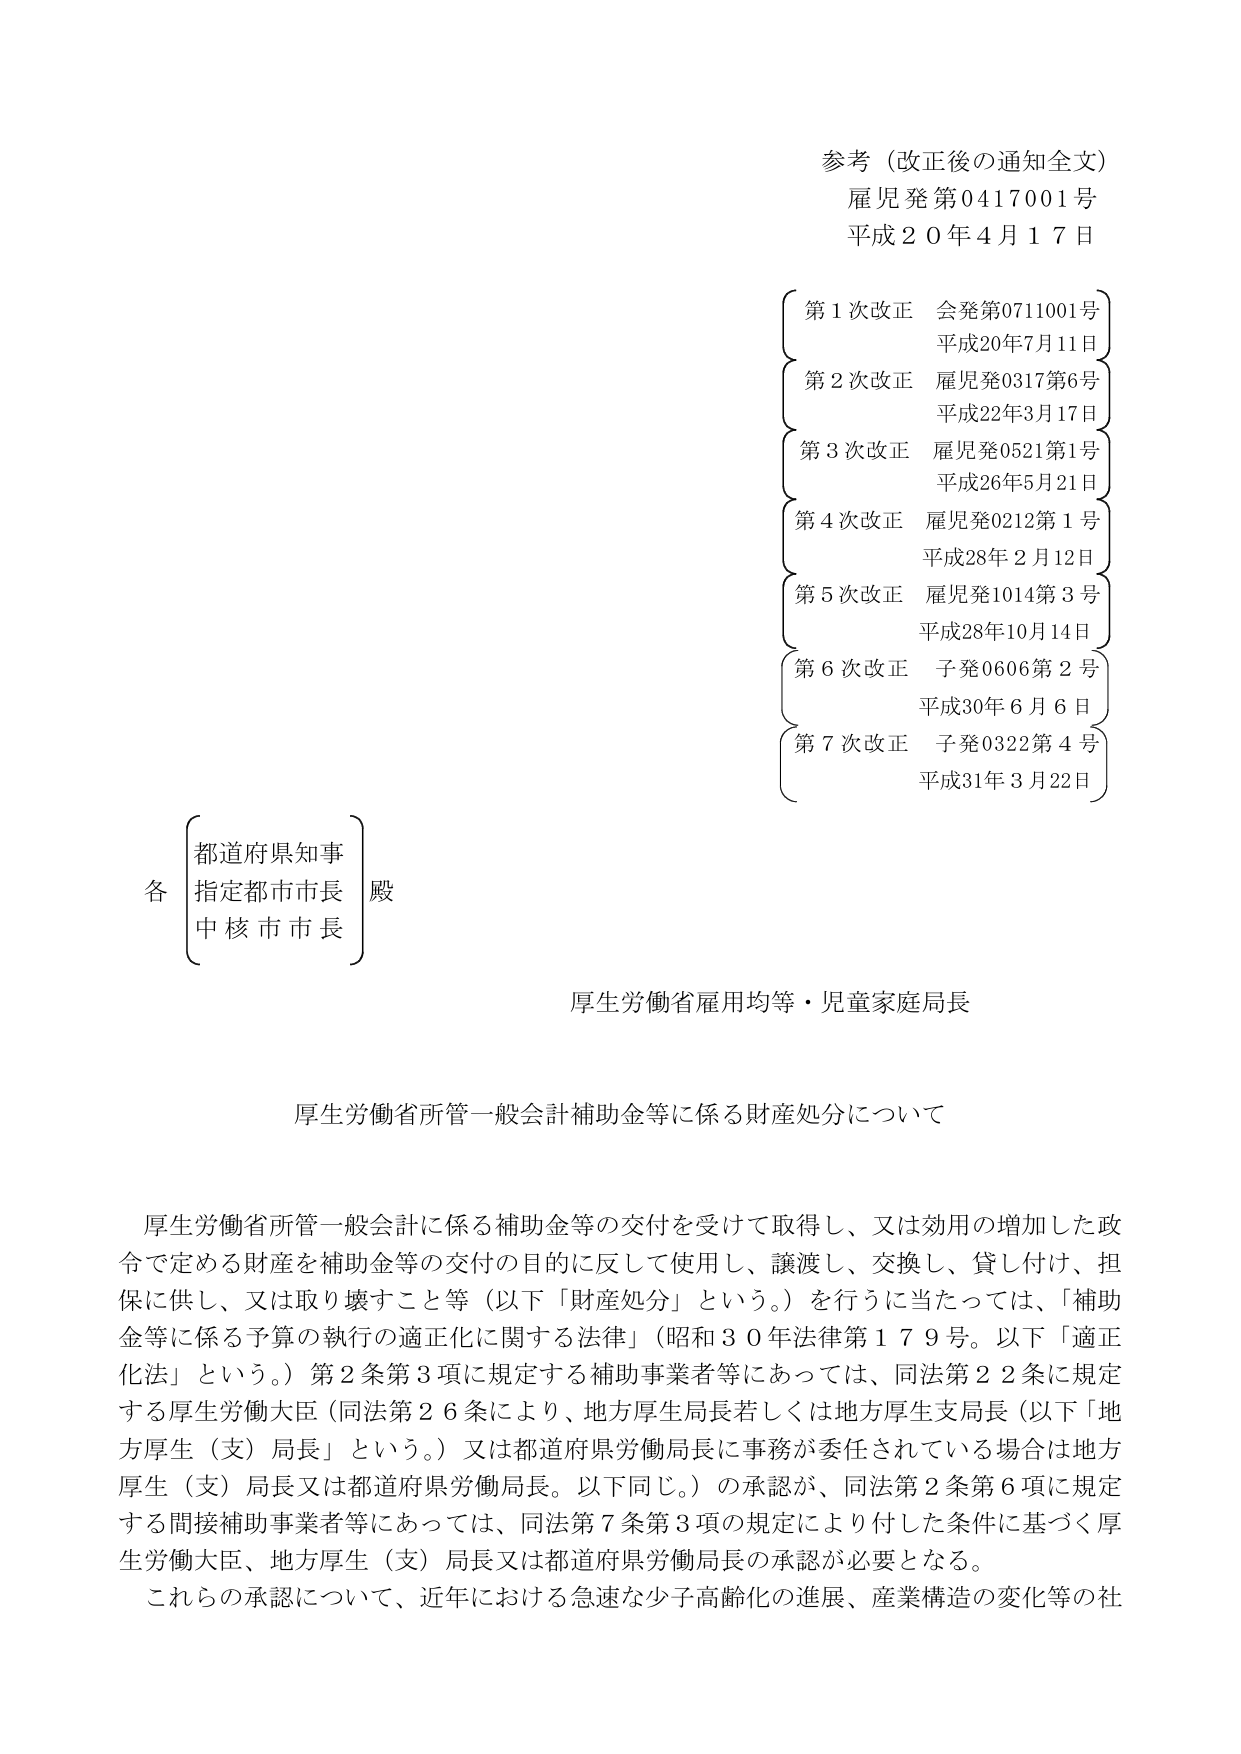
参考（改正後の通知全文）
雇児発第0417001号
平成20年4月17日

第1次改正 会発第0711001号
平成20年7月11日

第2次改正 雇児発0317第6号
平成22年3月17日

第3次改正 雇児発0521第1号
平成26年5月21日

第4次改正 雇児発0212第1号
平成28年2月12日

第5次改正 雇児発1014第3号
平成28年10月14日

第6次改正 子発0606第2号
平成30年6月6日

第7次改正 子発0322第4号
平成31年3月22日

各
都道府県知事
指定都市市長
中核市市長
殿

厚生労働省雇用均等・児童家庭局長

厚生労働省所管一般会計補助金等に係る財産処分について

厚生労働省所管一般会計に係る補助金等の交付を受けて取得し、又は効用の増加した政令で定める財産を補助金等の交付の目的に反して使用し、譲渡し、交換し、貸し付け、担保に供し、又は取り壊すこと等（以下「財産処分」という。）を行うに当たっては、「補助金等に係る予算の執行の適正化に関する法律」（昭和30年法律第179号。以下「適正化法」という。）第2条第3項に規定する補助事業者等にあっては、同法第22条に規定する厚生労働大臣（同法第26条により、地方厚生局長若しくは地方厚生支局長（以下「地方厚生（支）局長」という。）又は都道府県労働局長に事務が委任されている場合は地方厚生（支）局長又は都道府県労働局長。以下同じ。）の承認が、同法第2条第6項に規定する間接補助事業者等にあっては、同法第7条第3項の規定により付した条件に基づく厚生労働大臣、地方厚生（支）局長又は都道府県労働局長の承認が必要となる。

これらの承認について、近年における急速な少子高齢化の進展、産業構造の変化等の社